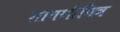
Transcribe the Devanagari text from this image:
ज्ञानश्रीमित्र